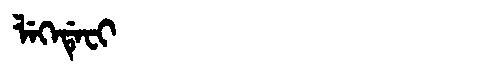
Manchu: ᠯᡝᡴᡝᡩᡝᠸᡳ
Romanization: LEKEDEFI